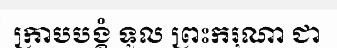
ក្រាបបង្គំ ទូល ព្រះករុណា ជា